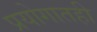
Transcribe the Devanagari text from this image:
प्रयोगातही